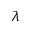
\lambda